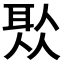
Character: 𦕦